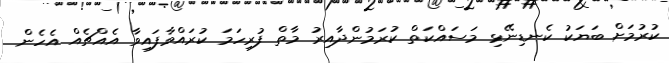
ކުރުމަށް ބަޔަކު ކެނޑިނޭޅި މަސައްކަތް ކުރަމުންދާއިރު މާތް ފުރިހަމަ ކުރައްވާފައިވާ އެއްޗެއް އެހެން